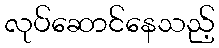
လုပ်ဆောင်နေသည့်